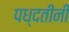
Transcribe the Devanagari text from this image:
पध्दतींनी